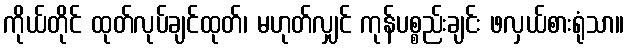
ကိုယ်တိုင် ထုတ်လုပ်ချင်ထုတ်၊ မဟုတ်လျှင် ကုန်ပစ္စည်းချင်း ဖလှယ်စားရုံသာ။